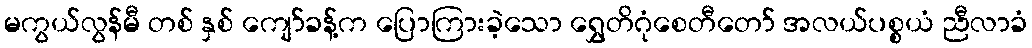
မကွယ်လွန်မီ တစ် နှစ် ကျော်ခန့်က ပြောကြားခဲ့သော ရွှေတိဂုံစေတီတော် အလယ်ပစ္စယံ ညီလာခံ